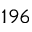
1 9 6